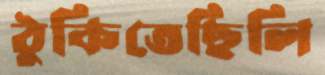
ঠুকিতেছিলি